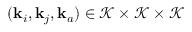
( \mathbf { k } _ { i } , \mathbf { k } _ { j } , \mathbf { k } _ { a } ) \in \mathcal { K } \times \mathcal { K } \times \mathcal { K }